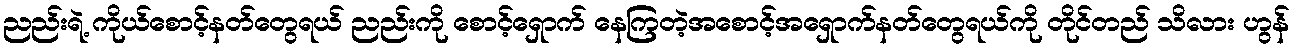
ညည်းရဲ့ ကိုယ်စောင့်နတ်တွေရယ် ညည်းကို စောင့်ရှောက် နေကြတဲ့အစောင့်အရှောက်နတ်တွေရယ်ကို တိုင်တည် သိလား ဟွန်